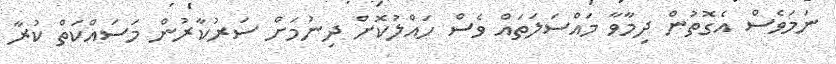
ނަމަވެސް އެގޮތުން ދިމާވާ މައްސަލަތައް ވެސް ހައްލުކޮށް ދިނުމަށް ސަރުކާރުން މަސައްކަތް ކުރާ